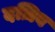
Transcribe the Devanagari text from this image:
दज़िब